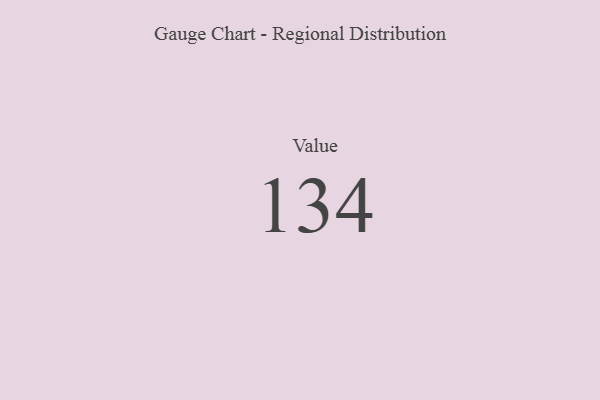
{"axis": {"x": "Metric", "y": "Value"}, "legend": [""], "data": [{"x": "Value", "y": 134, "type": ""}]}